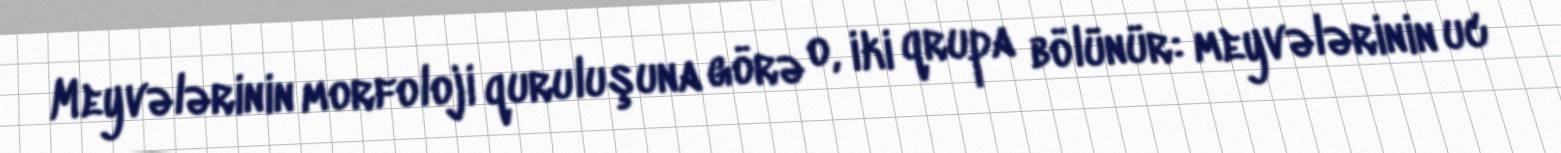
Meyvələrinin morfoloji quruluşuna görə o, iki qrupa bölünür: meyvələrinin uc